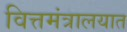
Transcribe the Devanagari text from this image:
वित्तमंत्रालयात